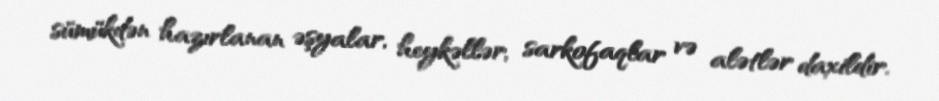
sümükdən hazırlanan əşyalar, heykəllər, sarkofaqlar və alətlər daxildir.